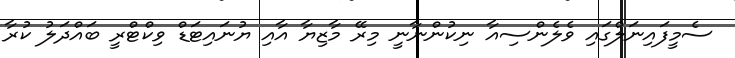
ސެމީފައިނަލްގައި ވެލެންސިއާ ނިކުންނާނީ މިރޭ މާޒިޔާ އާއި ޔުނައިޓަޑް ވިކްޓްރީ ބައްދަލު ކުރާ